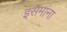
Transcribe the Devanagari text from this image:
इसमांना